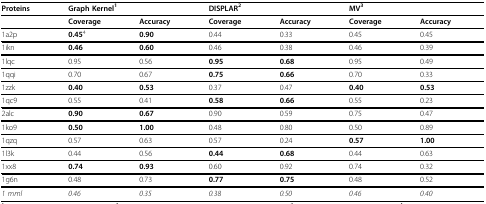
| Proteins | <COLSPAN=2> Graph Kernel1 | <COLSPAN=2> DISPLAR2 | <COLSPAN=2> MV3 |
 | --- | --- | --- | --- | --- | --- | --- |
 |  | Coverage | Accuracy | Coverage | Accuracy | Coverage | Accuracy |
 | 1a2p | 0.454 | 0.90 | 0.44 | 0.33 | 0.45 | 0.45 |
 | 1ikn | 0.46 | 0.60 | 0.46 | 0.38 | 0.46 | 0.39 |
 | 1lqc | 0.95 | 0.56 | 0.95 | 0.68 | 0.95 | 0.49 |
 | 1qqi | 0.70 | 0.67 | 0.75 | 0.66 | 0.70 | 0.33 |
 | 1zzk | 0.40 | 0.53 | 0.37 | 0.47 | 0.40 | 0.53 |
 | 1qc9 | 0.55 | 0.41 | 0.58 | 0.66 | 0.55 | 0.23 |
 | 2alc | 0.90 | 0.67 | 0.90 | 0.59 | 0.75 | 0.47 |
 | 1ko9 | 0.50 | 1.00 | 0.48 | 0.80 | 0.50 | 0.89 |
 | 1qzq | 0.57 | 0.63 | 0.57 | 0.24 | 0.57 | 1.00 |
 | 1l3k | 0.44 | 0.56 | 0.44 | 0.68 | 0.44 | 0.63 |
 | 1xx8 | 0.74 | 0.93 | 0.60 | 0.92 | 0.74 | 0.32 |
 | 1g6n | 0.48 | 0.73 | 0.77 | 0.75 | 0.48 | 0.52 |
 | 1 mml | 0.46 | 0.35 | 0.38 | 0.50 | 0.46 | 0.40 |